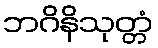
ဘဂိနိသုတ္တံ